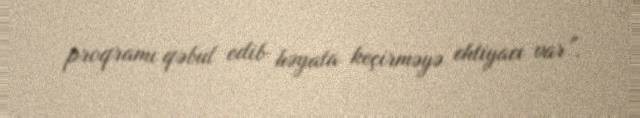
proqramı qəbul edib həyata keçirməyə ehtiyacı var”.